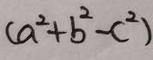
( a ^ { 2 } + b ^ { 2 } - c ^ { 2 } )